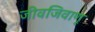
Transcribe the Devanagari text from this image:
जीवजिवाणू